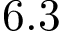
6 . 3